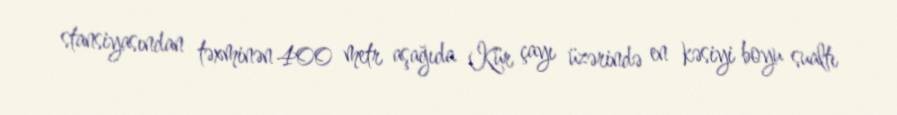
stansiyasından təxminən 400 metr aşağıda Kür çayı üzərində en kəsiyi boyu sualtı